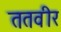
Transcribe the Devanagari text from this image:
ततवीर